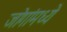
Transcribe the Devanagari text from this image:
जोगांमध्ये